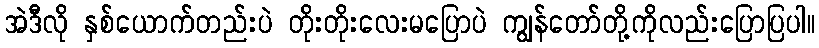
အဲဒီလို နှစ်ယောက်တည်းပဲ တိုးတိုးလေးမပြောပဲ ကျွန်တော်တို့ကိုလည်းပြောပြပါ။